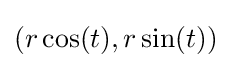
(r\cos(t),r\sin(t))